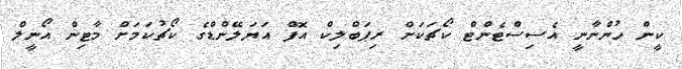
ކީން ހުންނާނީ އެސިސްޓެންޓް ކޯޗަކަށް ރިޕަބްލިކް އޮފް އަޔަލޭންޑްގެ ކޯޗުކަމަށް މާޓިން އޯނީލް